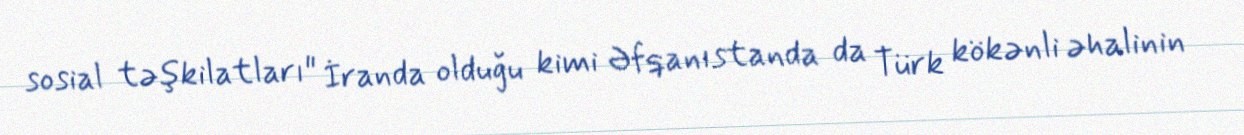
sosial təşkilatları" İranda olduğu kimi Əfqanıstanda da Türk kökənli əhalinin